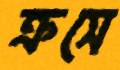
ক্রসে